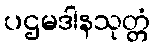
ပဌမဒါနသုတ္တံ